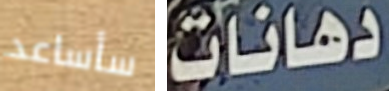
سأساعد دهانات